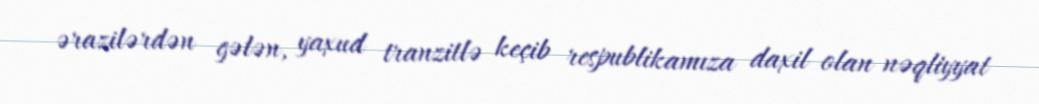
ərazilərdən gələn, yaxud tranzitlə keçib respublikamıza daxil olan nəqliyyat